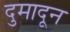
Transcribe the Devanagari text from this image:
दुमादून